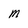
Character: M